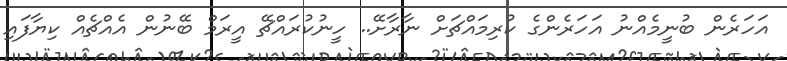
އަހަރެން ބުނީމެއްނު އަހަރެންގެ ކުރިމައްޗަށް ނާރާށޭ.. ހީނުކުރައްޗޭ އީރަމް ބޭނުން އެއްޗެއް ކިޔާފައި